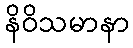
နိဝိသမာနာ